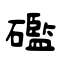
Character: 礛